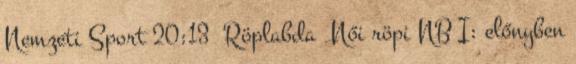
Nemzeti Sport 20:13 Röplabda Női röpi NB I: előnyben